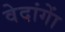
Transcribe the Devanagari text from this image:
वेदांगाें